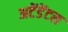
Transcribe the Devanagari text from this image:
अटेंडेंटस